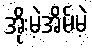
အိုးမဲ့အိမ်မဲ့